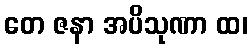
တေ ဇနာ အပိသုဏာ ထ၊